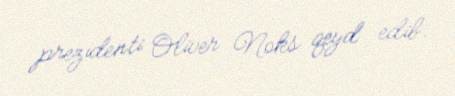
prezidenti Oliver Noks qeyd edib.